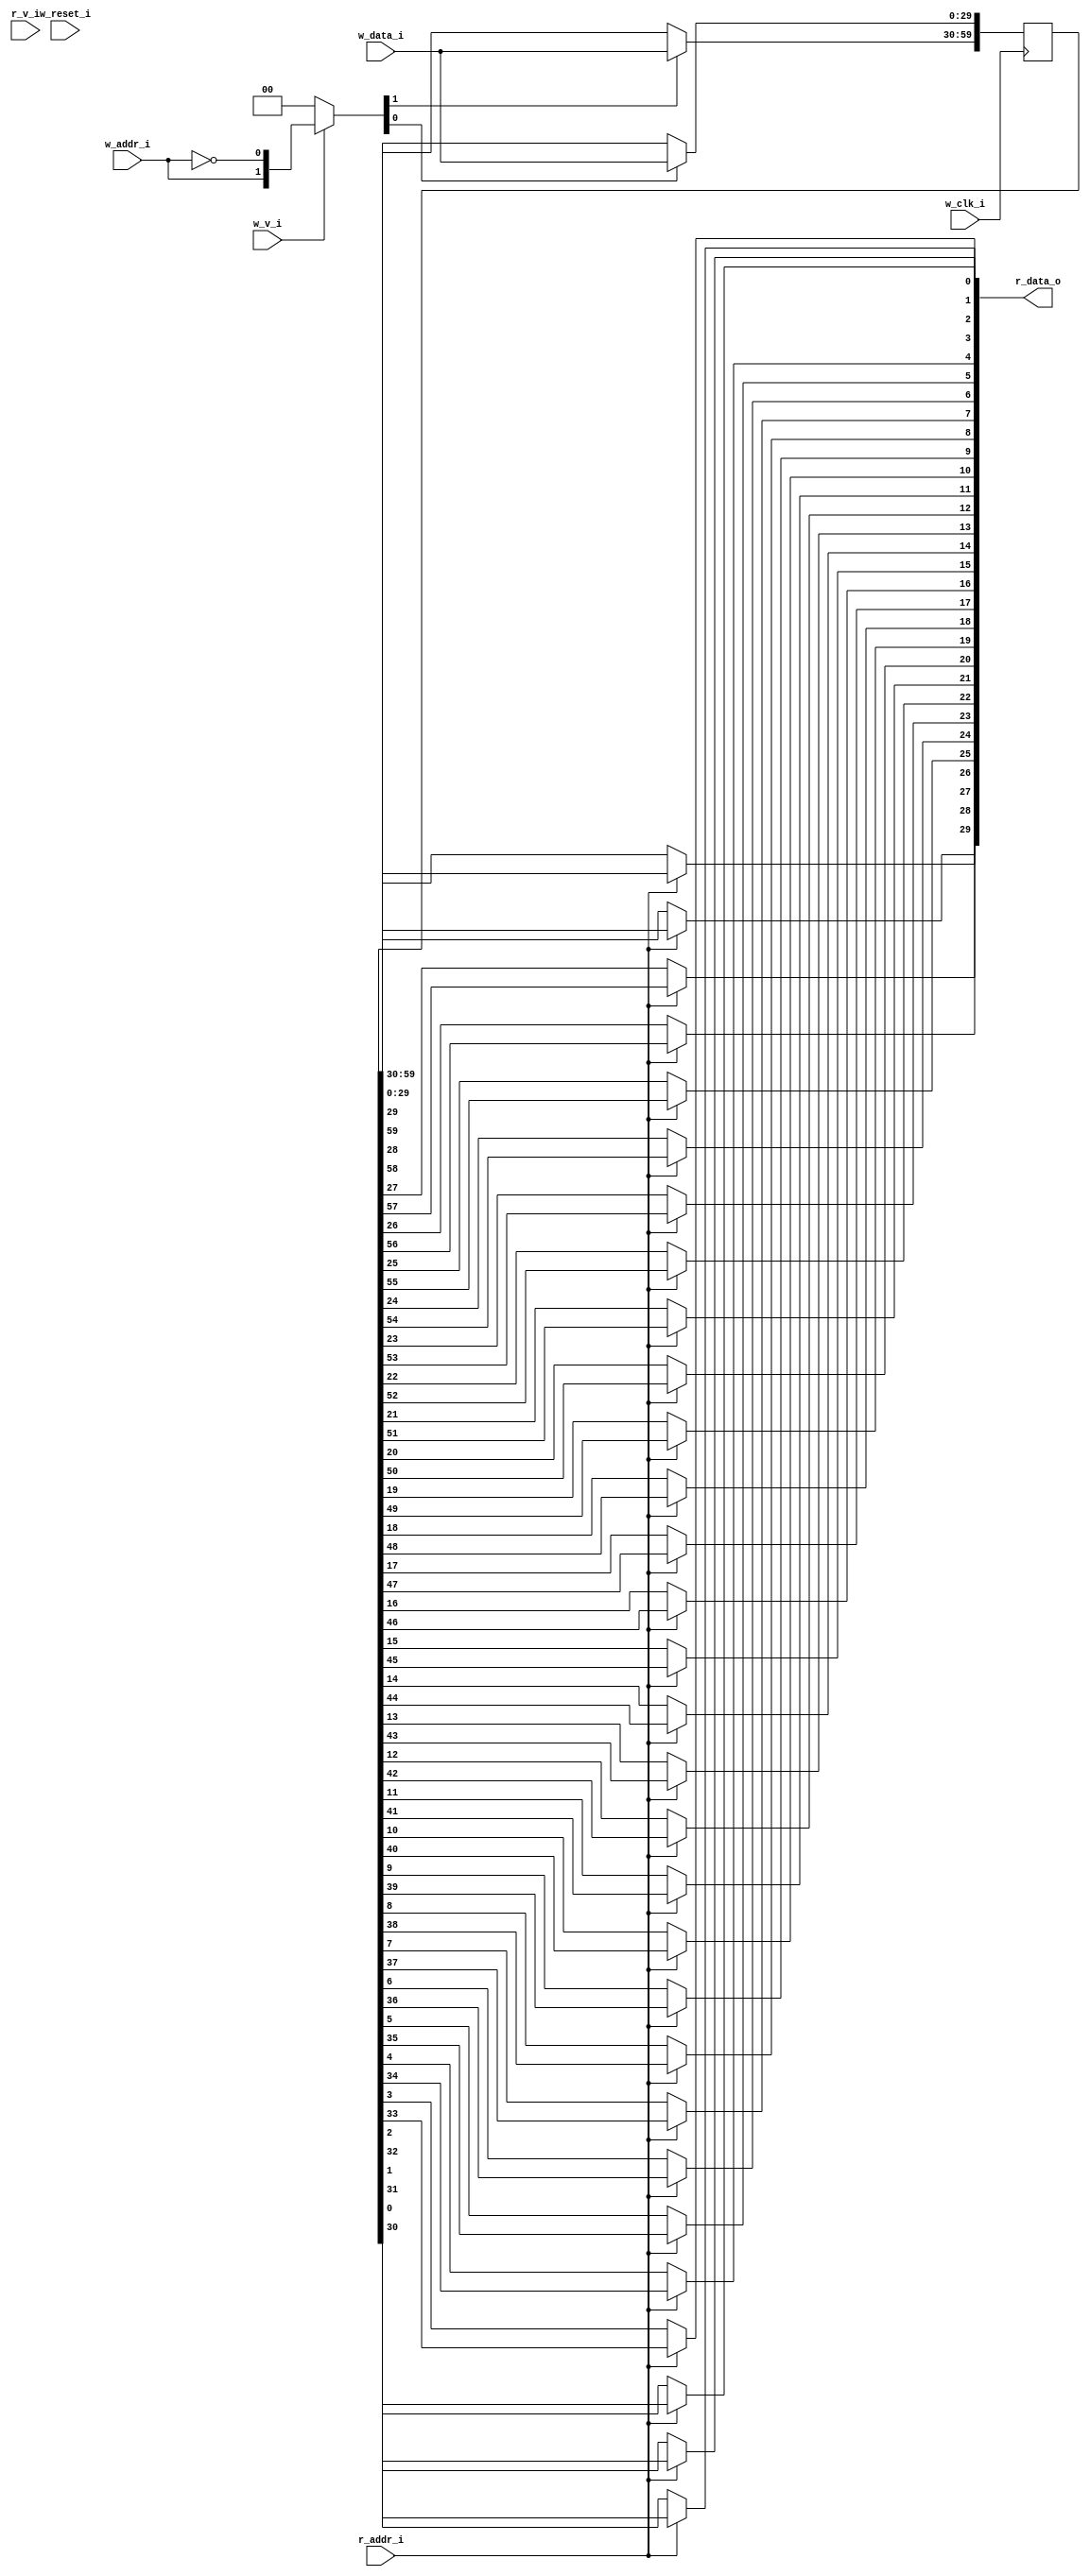
module bsg_mem_1r1w_synth_width_p30_els_p2_read_write_same_addr_p0_harden_p0
(
  w_clk_i,
  w_reset_i,
  w_v_i,
  w_addr_i,
  w_data_i,
  r_v_i,
  r_addr_i,
  r_data_o
);

  input [0:0] w_addr_i;
  input [29:0] w_data_i;
  input [0:0] r_addr_i;
  output [29:0] r_data_o;
  input w_clk_i;
  input w_reset_i;
  input w_v_i;
  input r_v_i;
  wire [29:0] r_data_o;
  wire N0,N1,N2,N3,N4,N5,N7,N8;
  reg [59:0] mem;
  assign r_data_o[29] = (N3)? mem[29] :
                        (N0)? mem[59] : 1'b0;
  assign N0 = r_addr_i[0];
  assign r_data_o[28] = (N3)? mem[28] :
                        (N0)? mem[58] : 1'b0;
  assign r_data_o[27] = (N3)? mem[27] :
                        (N0)? mem[57] : 1'b0;
  assign r_data_o[26] = (N3)? mem[26] :
                        (N0)? mem[56] : 1'b0;
  assign r_data_o[25] = (N3)? mem[25] :
                        (N0)? mem[55] : 1'b0;
  assign r_data_o[24] = (N3)? mem[24] :
                        (N0)? mem[54] : 1'b0;
  assign r_data_o[23] = (N3)? mem[23] :
                        (N0)? mem[53] : 1'b0;
  assign r_data_o[22] = (N3)? mem[22] :
                        (N0)? mem[52] : 1'b0;
  assign r_data_o[21] = (N3)? mem[21] :
                        (N0)? mem[51] : 1'b0;
  assign r_data_o[20] = (N3)? mem[20] :
                        (N0)? mem[50] : 1'b0;
  assign r_data_o[19] = (N3)? mem[19] :
                        (N0)? mem[49] : 1'b0;
  assign r_data_o[18] = (N3)? mem[18] :
                        (N0)? mem[48] : 1'b0;
  assign r_data_o[17] = (N3)? mem[17] :
                        (N0)? mem[47] : 1'b0;
  assign r_data_o[16] = (N3)? mem[16] :
                        (N0)? mem[46] : 1'b0;
  assign r_data_o[15] = (N3)? mem[15] :
                        (N0)? mem[45] : 1'b0;
  assign r_data_o[14] = (N3)? mem[14] :
                        (N0)? mem[44] : 1'b0;
  assign r_data_o[13] = (N3)? mem[13] :
                        (N0)? mem[43] : 1'b0;
  assign r_data_o[12] = (N3)? mem[12] :
                        (N0)? mem[42] : 1'b0;
  assign r_data_o[11] = (N3)? mem[11] :
                        (N0)? mem[41] : 1'b0;
  assign r_data_o[10] = (N3)? mem[10] :
                        (N0)? mem[40] : 1'b0;
  assign r_data_o[9] = (N3)? mem[9] :
                       (N0)? mem[39] : 1'b0;
  assign r_data_o[8] = (N3)? mem[8] :
                       (N0)? mem[38] : 1'b0;
  assign r_data_o[7] = (N3)? mem[7] :
                       (N0)? mem[37] : 1'b0;
  assign r_data_o[6] = (N3)? mem[6] :
                       (N0)? mem[36] : 1'b0;
  assign r_data_o[5] = (N3)? mem[5] :
                       (N0)? mem[35] : 1'b0;
  assign r_data_o[4] = (N3)? mem[4] :
                       (N0)? mem[34] : 1'b0;
  assign r_data_o[3] = (N3)? mem[3] :
                       (N0)? mem[33] : 1'b0;
  assign r_data_o[2] = (N3)? mem[2] :
                       (N0)? mem[32] : 1'b0;
  assign r_data_o[1] = (N3)? mem[1] :
                       (N0)? mem[31] : 1'b0;
  assign r_data_o[0] = (N3)? mem[0] :
                       (N0)? mem[30] : 1'b0;
  assign N5 = ~w_addr_i[0];
  assign { N8, N7 } = (N1)? { w_addr_i[0:0], N5 } :
                      (N2)? { 1'b0, 1'b0 } : 1'b0;
  assign N1 = w_v_i;
  assign N2 = N4;
  assign N3 = ~r_addr_i[0];
  assign N4 = ~w_v_i;

  always @(posedge w_clk_i) begin
    if(N8) begin
      { mem[59:30] } <= { w_data_i[29:0] };
    end
    if(N7) begin
      { mem[29:0] } <= { w_data_i[29:0] };
    end
  end


endmodule